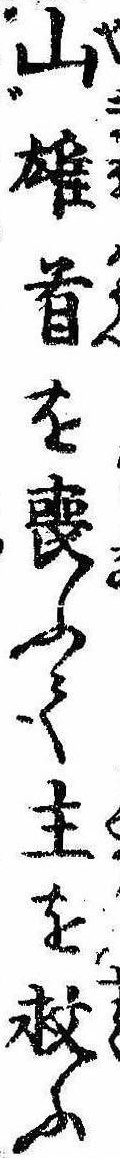
山雄首を喪ふて主を救ふ